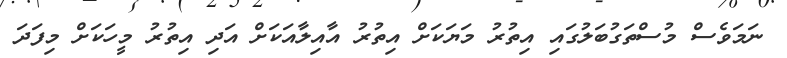
ނަމަވެސް މުސްތަގުބަލުގައި އިތުރު މަޔަކަށް އިތުރު އާއިލާއަކަށް އަދި އިތުރު މީހަކަށް މިފަދަ